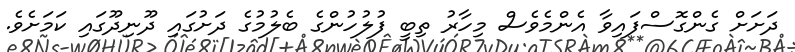
ދަށަށް ގެންގޮސްފައިވާ އެންމެވެސް މިހާރު ތިބީ ފުލުހުންގެ ބެލުމުގެ ދަށުގައި ދޫނިދޫގައި ކަމަށެވެ.